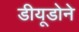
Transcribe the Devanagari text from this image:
डीयूडोने